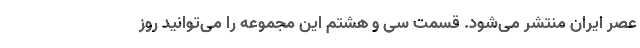
عصر ایران منتشر می‌شود. قسمت سی و هشتم این مجموعه را می‌توانید روز